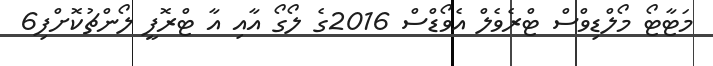
މަޓާޓޯ މޯލްޑިވްސް ޓްރެވެލް އެވޯޑްސް 2016ގެ ލޯގޯ އާއި އާ ޓްރޮފީ ލޯންޗުކޮށްފި6